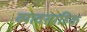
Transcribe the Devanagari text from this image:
व्यावसाहिक